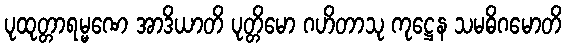
ပုထုတ္တာရမ္မဏေ အာဒိယာတိ ပုတ္တိမော ဂဟိတာသု ကုဋ္ဌေန သမဓိဂမောတိ